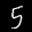
Label: 5